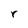
Character: r